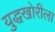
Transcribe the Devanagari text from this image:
युद्धखोरीला